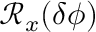
\mathcal { R } _ { x } ( \delta \phi )